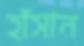
হাঁসান